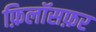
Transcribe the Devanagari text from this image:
फ़िलॉसफ़र